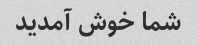
شما خوش آمدید